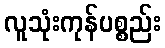
လူသုံးကုန်ပစ္စည်း